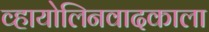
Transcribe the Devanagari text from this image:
व्हायोलिनवादकाला